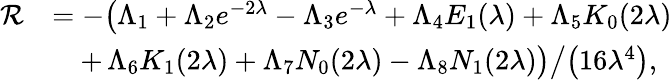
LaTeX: \begin{array}{rl}{\mathcal{R}}&{=-\big(\Lambda_{1}+\Lambda_{2}e^{-2\lambda}-\Lambda_{3}e^{-\lambda}+\Lambda_{4}E_{1}(\lambda)+\Lambda_{5}K_{0}(2\lambda)}\\ &{\quad\left.+\, \Lambda_{6}K_{1}(2\lambda)+\Lambda_{7}N_{0}(2\lambda)-\Lambda_{8}N_{1}(2\lambda)\big)\middle/\left(16\lambda^{4}\right)\right.,}\end{array}